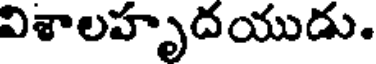
విశాలహృదయుడు.